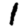
Digit: 1